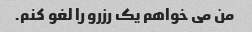
من می خواهم یک رزرو را لغو کنم.